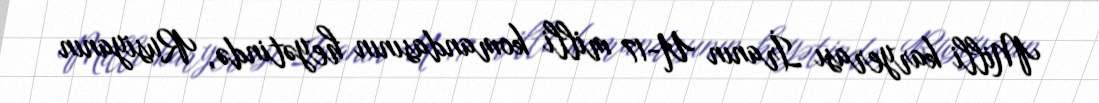
Milli karyerası İranın U-17 milli komandasının heyətində, Rusiyanın